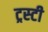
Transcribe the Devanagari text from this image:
ट्रस्‍टी